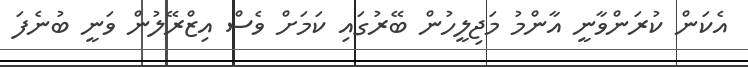
އެކަން ކުރަންވާނީ އާންމު މަޖިލީހުން ބޭރުގައި ކަމަށް ވެސް އިޒްރޭލުން ވަނީ ބުނެފަ